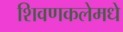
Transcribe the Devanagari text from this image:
शिवणकलेमधे